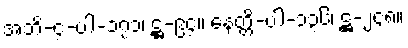
အဘိ-၄-ပါ-၁၇၁၊ ဋ္ဌ-၉၄။ နေတ္တိ-ပါ-၁၃၆၊ ဋ္ဌ-၂၄၈။